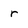
Character: r